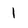
Character: 1